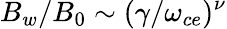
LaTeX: B_{w}/B_{0}\sim(\gamma/\omega_{ce})^{\nu}